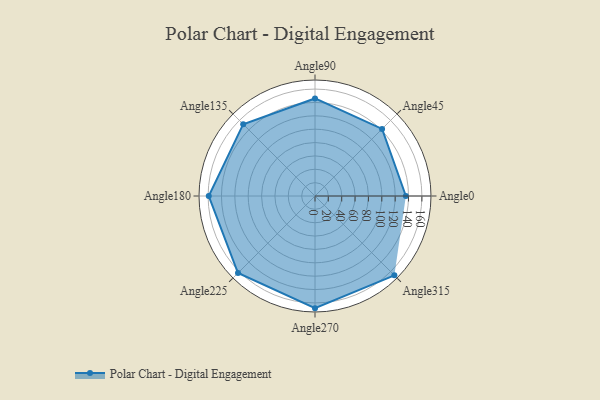
{"axis": {"x": "Angle", "y": "Radius"}, "legend": [""], "data": [{"x": "Angle0", "y": 136.0, "type": ""}, {"x": "Angle45", "y": 142.0, "type": ""}, {"x": "Angle90", "y": 146.0, "type": ""}, {"x": "Angle135", "y": 152.0, "type": ""}, {"x": "Angle180", "y": 159.0, "type": ""}, {"x": "Angle225", "y": 163.0, "type": ""}, {"x": "Angle270", "y": 168.0, "type": ""}, {"x": "Angle315", "y": 168.0, "type": ""}]}